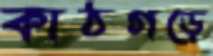
কাঠগড়ে